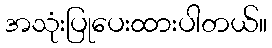
အသုံးပြုပေးထားပါတယ်။